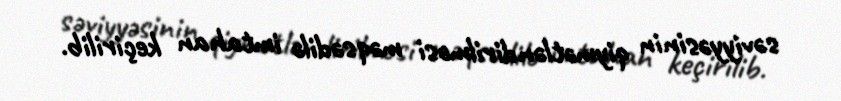
səviyyəsinin qiymətləndirilməsi məqsədilə imtahan keçirilib.